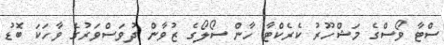
ސްޓާ ވޯސްގެ މަޝްހޫރު ކެރެކްޓާ ހާން ސޯލޯގެ ޒުވާން ދުވަސްވަރުގެ ވާހަކަ ބޮޑު